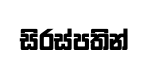
සිරස්පතින්